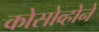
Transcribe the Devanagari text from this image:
कोसोव्होने